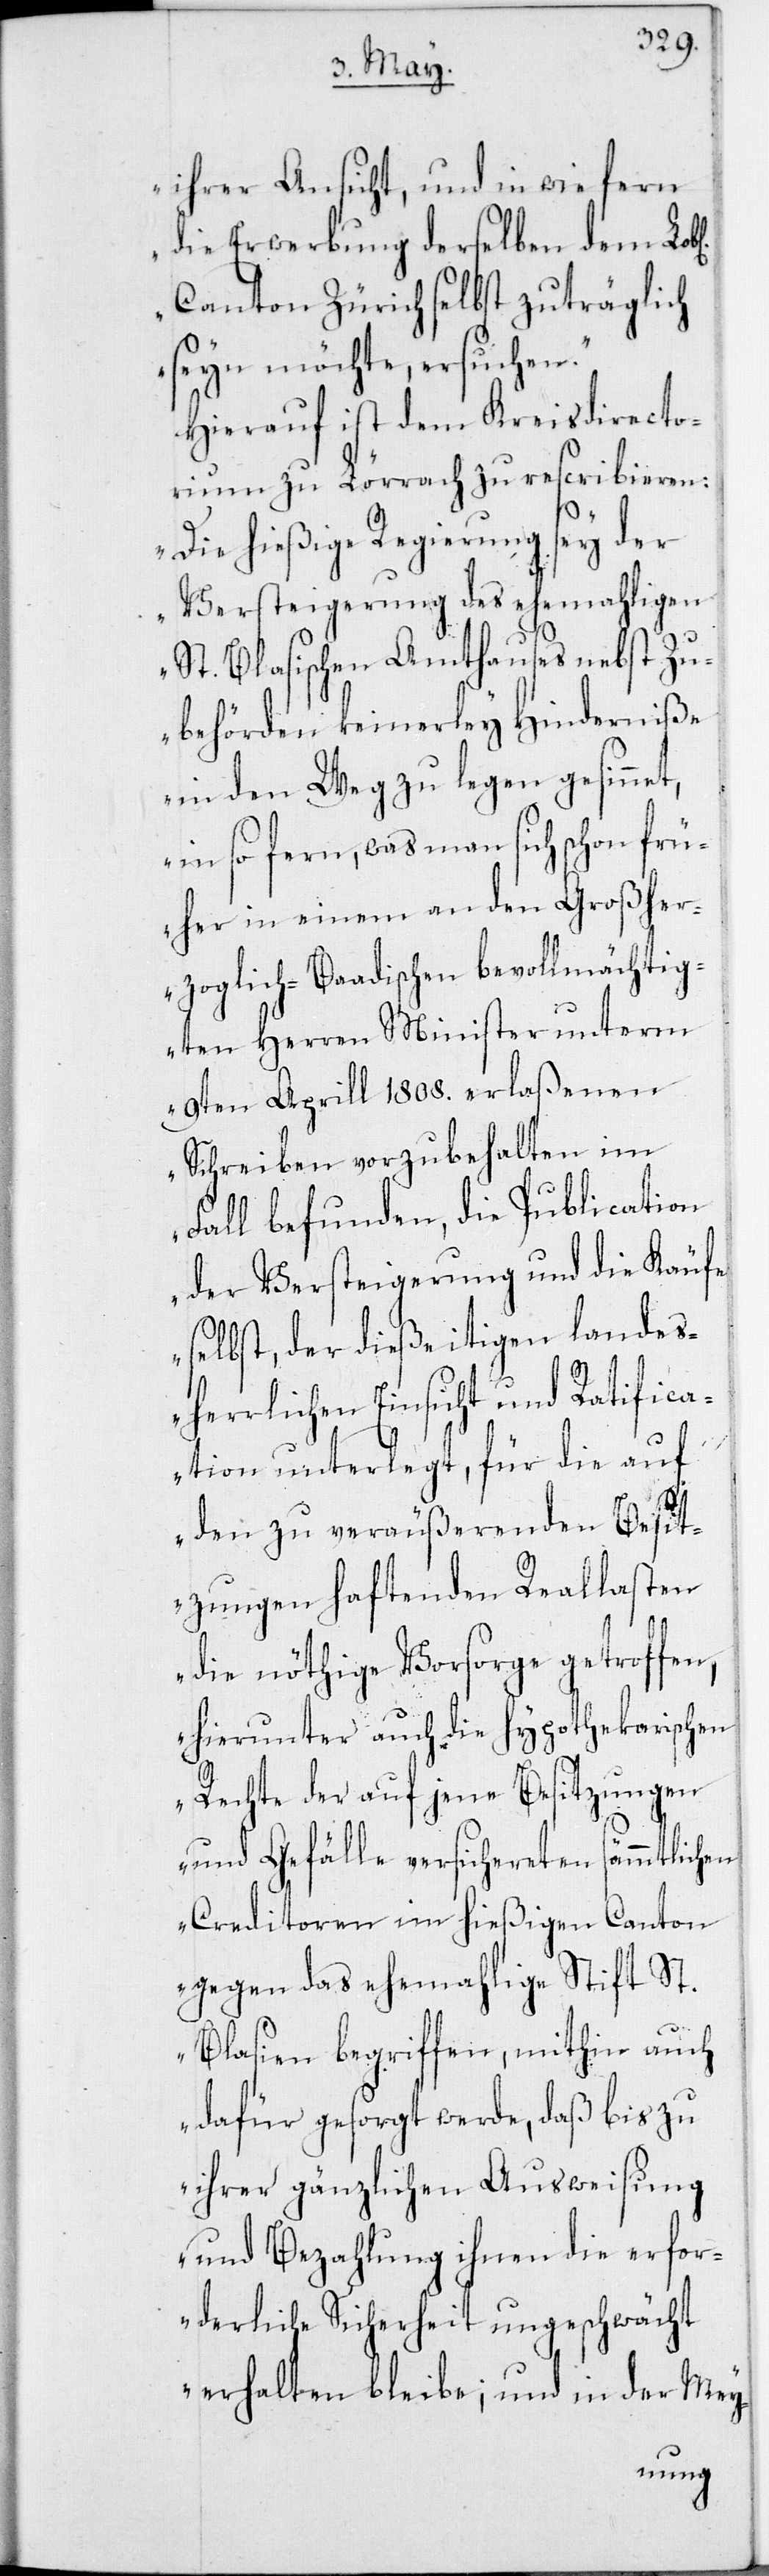
ihrer Ansicht, und in wie fern
die Erwerbung derselben dem
Canton Zürich selbst zuträgli¬
seyn möchte, ersuchen.“
Hierauf ist dem Kreisdirecto¬
rium zu Lörrach zu rescribieren:
„Die hießige Regierung sey der
Versteigerung des ehemahligen
St. Blasischen Amthauses nebst Zu¬
berhörden keinerley Hinderniße
in den Weg zu legen gesinne¬
in so fern, was man sich schon frü¬
her in einem an den Großher¬
zoglich-Baadischen bevollmächtig¬
ten Herren Minister unterm
9ten Aprill 1808. erlaßenen
Schreiben vorzubehalten im
Fall befunden, die Publication
der Versteigerung und die Käufe
selbst, der dießeitigen landes¬
herrlichen Einsicht und Ratifica¬
tion unterlegt, für die auf
t,
den zu veräußerenden Besit¬
zungen haftenden Reallasten
die nöthige Vorsorge getroffen,
hierunter auch die hypothekarischen
Rechte der auf jene Besitzungen
und Gefälle versichereten sämmtlichen
Creditoren im hießigen Canton
gegen das ehemahlige Stift St.
Blasien begriffen, mithin auch
dafür gesorgt werde, daß bis zu
ihrer gänzlichen Ausweisung
und Bezahlung ihnen die erfor¬
derliche Sicherheit ungeschwächt
erhalten bleibe; und in der Mey-